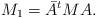
LaTeX: \begin{align*}M_1=\bar{A}^tMA.\end{align*}